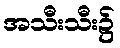
အသီးသီး၌